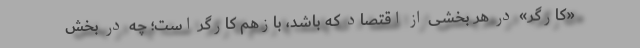
«کارگر» در هر بخشی از اقتصاد که باشد، بازهم کارگر است؛ چه در بخش